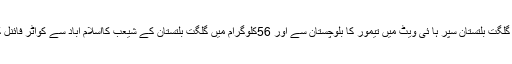
کل پانچویں دن گلگت بلتستان سپر ہا ئی ویٹ میں تیمور کا بلوچستان سے اور 56کلوگرام میں گلگت بلتستان کے شیعب کااسلام اباد سے کواٹر فائنل کا مقابلہ ہو گا ۔